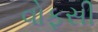
વોફસી